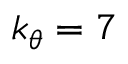
k _ { \theta } = 7